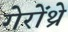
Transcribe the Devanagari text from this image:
गेरोंथ्रे